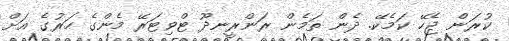
ކުރަން ޖެހޭ ކަމެކޭ. ދެން ތަމެން ރަންރީނދޫ ޓްވިޓަރޭ މެންގެ ހަރުގެ އަށް